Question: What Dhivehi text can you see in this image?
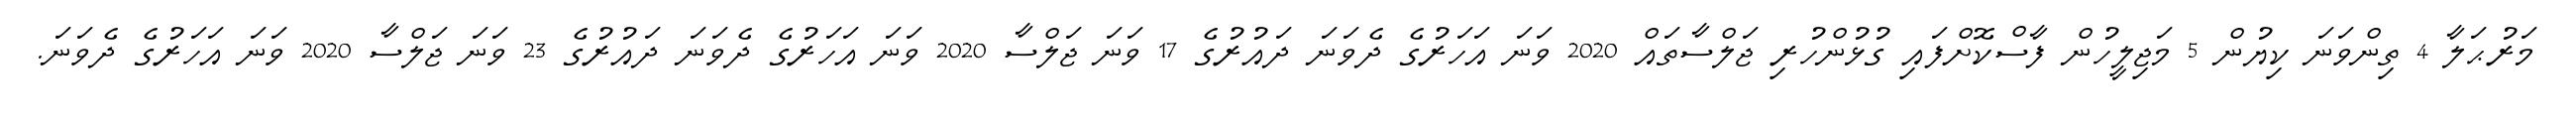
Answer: މަރުޙަލާ 4 ތިންވަނަ ކިޔުން 5 މަޖިލީހުން ފާސްކޮށްފައި ގުޅުންހުރި ޖަލްސާތައް 2020 ވަނަ އަހަރުގެ ދެވަނަ ދައުރުގެ 17 ވަނަ ޖަލްސާ 2020 ވަނަ އަހަރުގެ ދެވަނަ ދައުރުގެ 23 ވަނަ ޖަލްސާ 2020 ވަނަ އަހަރުގެ ދެވަނަ.